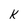
Character: k